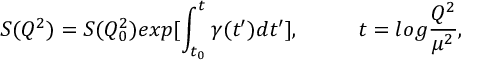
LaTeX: S ( Q ^ { 2 } ) = S ( Q _ { 0 } ^ { 2 } ) e x p [ \int _ { t _ { 0 } } ^ { t } \gamma ( t ^ { \prime } ) d t ^ { \prime } ] , \ ~ ~ \ ~ ~ \ \ t = l o g \frac { Q ^ { 2 } } { \mu ^ { 2 } } ,